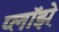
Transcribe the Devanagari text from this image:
प्लॉझ़े